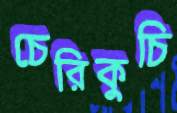
চেরিকুচি